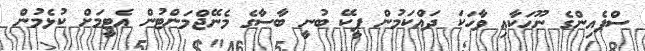
ސްޕެއިންގެ ނޫހަކާއި ވާހަކަ ދައްކަމުން ޕީކޭ ބުނީ ބާސާގެ މެނޭޖްމަންޓުން އެޓީމަށް ކުޅެމުން